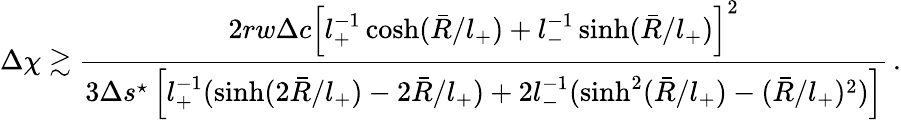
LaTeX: \Delta\chi\gtrsim\frac{2rw\Delta c\left[l_{+}^{-1}\cosh(\bar{R}/l_{+})+l_{-}^{-1}\sinh(\bar{R}/l_{+})\right]^{2}}{3\Delta s^{\star}\left[l_{+}^{-1}(\sinh(2\bar{R}/l_{+})-2\bar{R}/l_{+})+2l_{-}^{-1}(\sinh^{2}(\bar{R}/l_{+})-(\bar{R}/l_{+})^{2})\right]}\, .